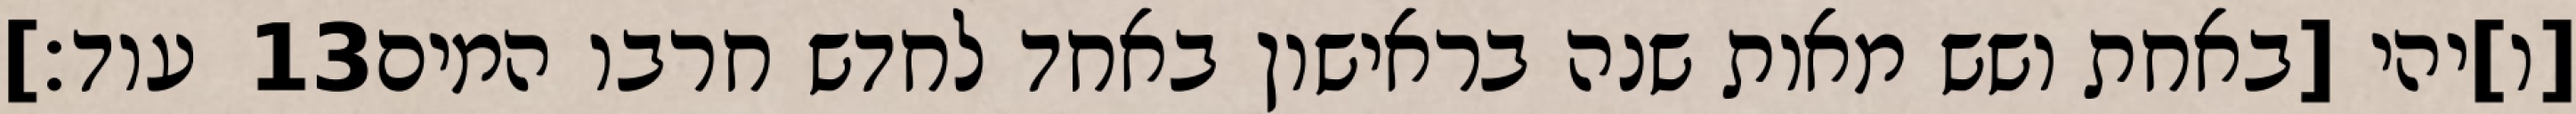
עוד׃] ‎13‏ [ו]יהי [באחת ושש מאות שנה בראישון באחד לחדש חרבו המים